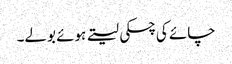
چائے کی چسکی لیتے ہوئے بولے۔